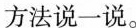
方法说一说。